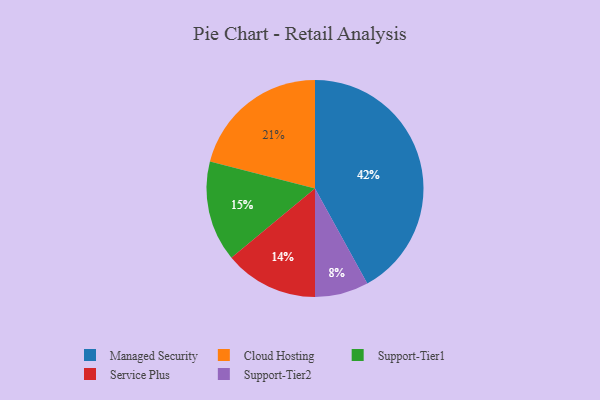
{"axis": {"x": "Category", "y": "Percentage"}, "legend": ["Cloud Hosting", "Managed Security", "Service Plus", "Support-Tier1", "Support-Tier2"], "data": [{"x": "Service Plus", "y": 14, "type": "Service Plus"}, {"x": "Support-Tier1", "y": 15, "type": "Support-Tier1"}, {"x": "Support-Tier2", "y": 8, "type": "Support-Tier2"}, {"x": "Cloud Hosting", "y": 21, "type": "Cloud Hosting"}, {"x": "Managed Security", "y": 42, "type": "Managed Security"}]}